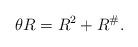
LaTeX: \begin{align*} \theta R=R^2+R^\#.\end{align*}